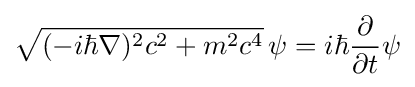
{\sqrt {(-i\hbar \mathbf {\nabla } )^{2}c^{2}+m^{2}c^{4}}}\,\psi =i\hbar {\frac {\partial }{\partial t}}\psi